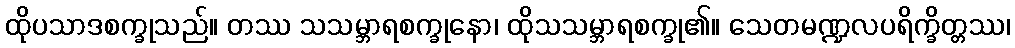
ထိုပသာဒစက္ခုသည်။ တဿ သသမ္ဘာရစက္ခုနော၊ ထိုသသမ္ဘာရစက္ခု၏။ သေတမဏ္ဍလပရိက္ခိတ္တဿ၊